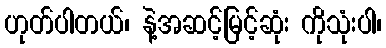
ဟုတ်ပါတယ်၊ နဲ့အဆင့်မြင့်ဆုံး ကိုသုံးပါ၊